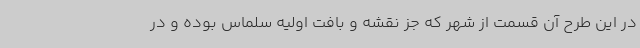
در این طرح آن قسمت از شهر که جز نقشه و بافت اولیه سلماس بوده و در